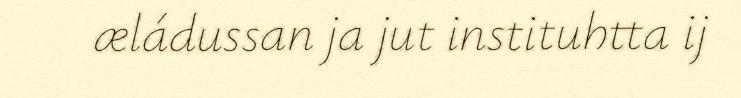
æládussan ja jut instituhtta ij